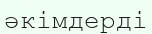
әкімдерді